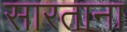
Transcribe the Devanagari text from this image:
सारताना